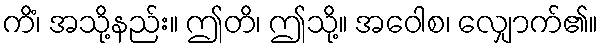
ကိံ၊ အသို့နည်း။ ဤတိ၊ ဤသို့။ အဝေါစ၊ လျှောက်၏။